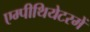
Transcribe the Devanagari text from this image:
एम्पीथियेटरमें